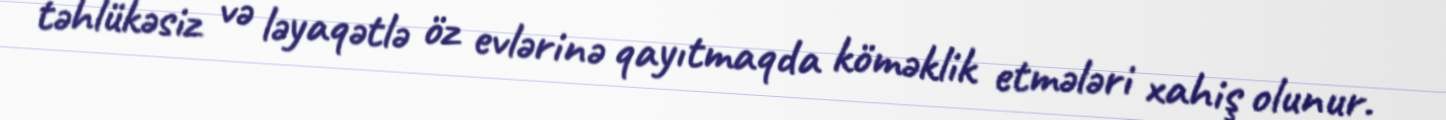
təhlükəsiz və ləyaqətlə öz evlərinə qayıtmaqda köməklik etmələri xahiş olunur.